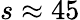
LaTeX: s\approx 45